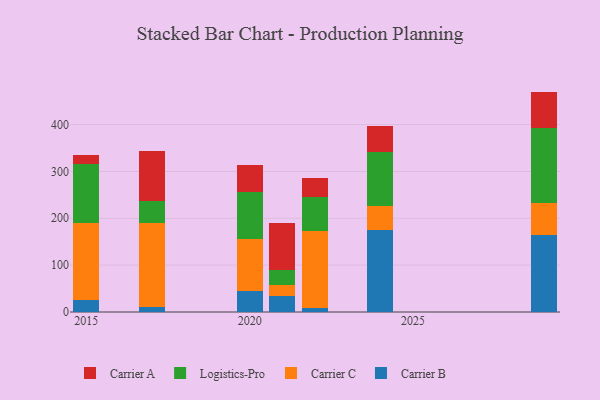
{"axis": {"x": "Year", "y": "Shipments"}, "legend": ["Carrier A", "Carrier B", "Carrier C", "Logistics-Pro"], "data": [{"x": "2021", "y": 34.1, "type": "Carrier B"}, {"x": "2021", "y": 23.4, "type": "Carrier C"}, {"x": "2021", "y": 31.7, "type": "Logistics-Pro"}, {"x": "2021", "y": 99.8, "type": "Carrier A"}, {"x": "2015", "y": 25.8, "type": "Carrier B"}, {"x": "2015", "y": 163.4, "type": "Carrier C"}, {"x": "2015", "y": 126.5, "type": "Logistics-Pro"}, {"x": "2015", "y": 18.4, "type": "Carrier A"}, {"x": "2020", "y": 44.8, "type": "Carrier B"}, {"x": "2020", "y": 111.6, "type": "Carrier C"}, {"x": "2020", "y": 99.4, "type": "Logistics-Pro"}, {"x": "2020", "y": 58.4, "type": "Carrier A"}, {"x": "2029", "y": 164.2, "type": "Carrier B"}, {"x": "2029", "y": 68.0, "type": "Carrier C"}, {"x": "2029", "y": 159.7, "type": "Logistics-Pro"}, {"x": "2029", "y": 78.5, "type": "Carrier A"}, {"x": "2022", "y": 7.6, "type": "Carrier B"}, {"x": "2022", "y": 165.3, "type": "Carrier C"}, {"x": "2022", "y": 72.9, "type": "Logistics-Pro"}, {"x": "2022", "y": 40.7, "type": "Carrier A"}, {"x": "2024", "y": 175.0, "type": "Carrier B"}, {"x": "2024", "y": 50.7, "type": "Carrier C"}, {"x": "2024", "y": 115.1, "type": "Logistics-Pro"}, {"x": "2024", "y": 57.0, "type": "Carrier A"}, {"x": "2017", "y": 11.7, "type": "Carrier B"}, {"x": "2017", "y": 179.0, "type": "Carrier C"}, {"x": "2017", "y": 47.2, "type": "Logistics-Pro"}, {"x": "2017", "y": 104.9, "type": "Carrier A"}]}